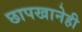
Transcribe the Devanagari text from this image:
छापखानेही